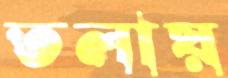
তলায়